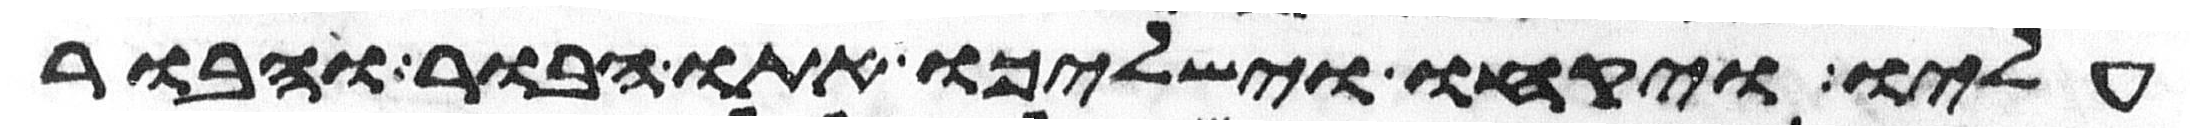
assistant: עליו ויקחו וישלכו אתו הבור והבור